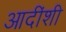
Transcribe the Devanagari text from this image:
आदींशी